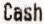
CASH